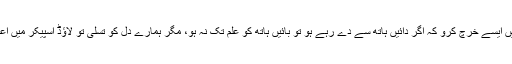
بچپن میں والدہ محترمہ کہا کرتی تھیں کہ بیٹا خدا کی راہ میں ایسے خرچ کرو کہ اگر دائیں ہاتھ سے دے رہے ہو تو بائیں ہاتھ کو علم تک نہ ہو، مگر ہمارے دل کو تسلی تو لاؤڈ اسپیکر میں اعلانات یا ہمارے نام کی تختی کے لگ جانے تک نہیں ملتی۔